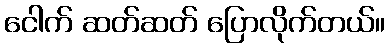
ငေါက် ဆတ်ဆတ် ပြောလိုက်တယ်။